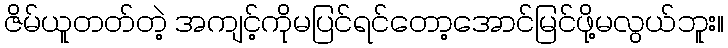
ဇိမ်ယူတတ်တဲ့ အကျင့်ကိုမပြင်ရင်တော့အောင်မြင်ဖို့မလွယ်ဘူး။